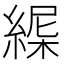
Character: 𦂋